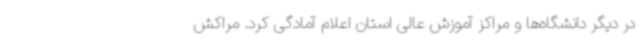
در دیگر دانشگاه‌ها و مراکز آموزش عالی استان اعلام آمادگی کرد. مراکش